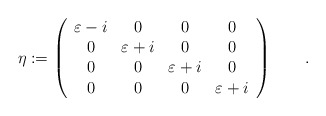
\begin{align*}\eta:=\left( \begin{array}{cccc}\varepsilon-i & 0 & 0 & 0 \\0 & \varepsilon+i & 0 & 0 \\0 & 0 & \varepsilon+i & 0 \\ 0 & 0 & 0 & \varepsilon+i\end{array}\right )\qquad.\end{align*}